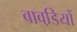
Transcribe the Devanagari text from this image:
बावडि़यों